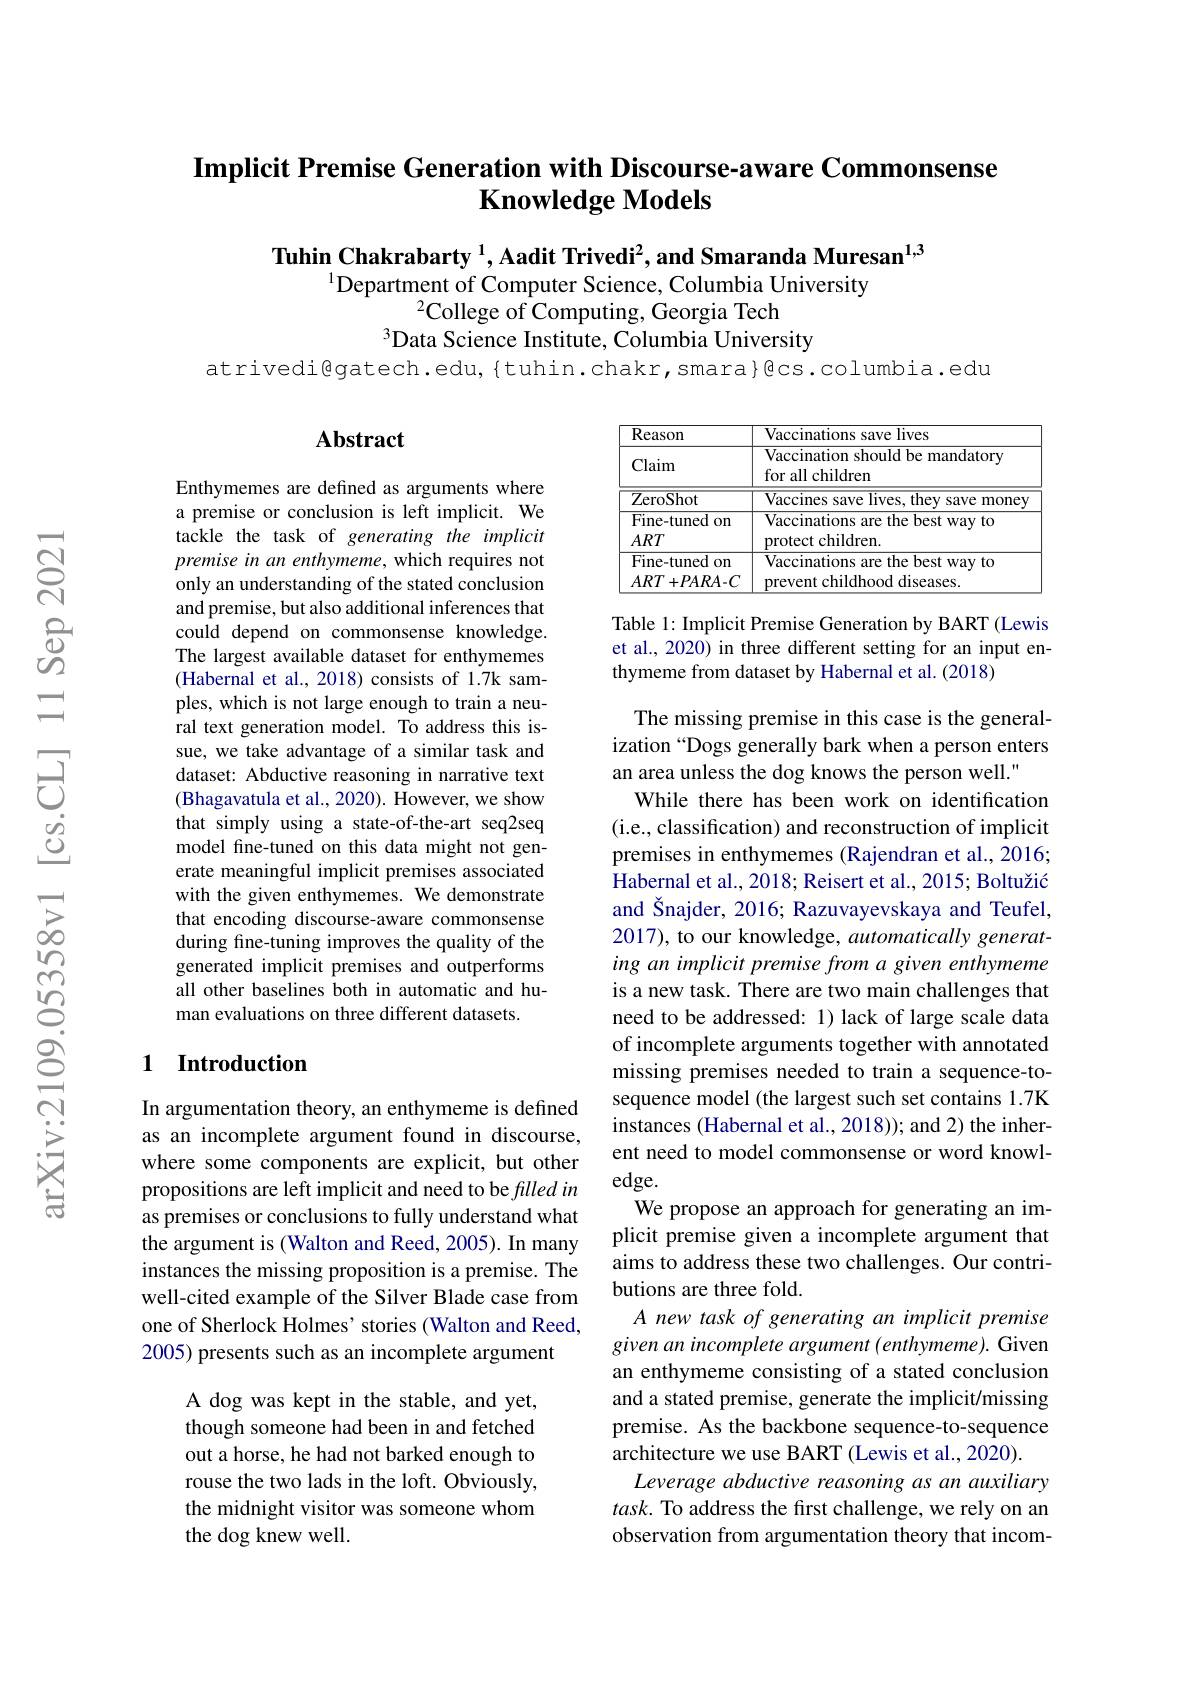
# Implicit Premise Generation with Discourse-aware Commonsense $\mathbf{Knowledge~Models}$

Tuhin Chakrabarty $^{1}$, Aadit Trivedi$^2$, and Smaranda Muresan$^{1,3}$
$^{1}$Department of Computer Science, Columbia University
$^2$College of Computing, Georgia Tech
$^{3}$Data Science Institute, Columbia University

atrivedi@gatech.edu,{tuhin.chakr,smara}@cs.columbia.edu

### $\mathbf{Abstract}$

<table>
	<tbody>
		<tr>
			<th>Reason</th>
			<th>Vaccinations save lives</th>
		</tr>
		<tr>
			<td>Claim</td>
			<td>$\overline{\text{Vaccination should be mandatory}}$ for all children</td>
		</tr>
		<tr>
			<td>ZeroShot</td>
			<td>Vaccines save lives, they save money</td>
		</tr>
		<tr>
			<td>$\textbf{T H W}$ Fine-tuned on $ART$</td>
			<td>Vaccinations are the best way to protect children.</td>
		</tr>
		<tr>
			<td>Fine-tuned $10n$ T</td>
			<td>Vaccinations are the best way to</td>
		</tr>
		<tr>
			<td>$ART$ $+PARA-C$</td>
			<td>prevent childhood diseases.</td>
		</tr>
	</tbody>
</table>

Table 1: Implicit Premise Generation by BART (Lewis et al., 2020) in three different setting for an input enthymeme from dataset by Habernal et al. (2018)

Enthymemes are defined as arguments where a premise or conclusion is left implicit. We tackle the task of generating the implicit premise in an enthymeme, which requires not only an understanding of the stated conclusion and premise, but also additional inferences that could depend on commonsense knowledge. The largest available dataset for enthymemes (Habernal et al., 2018) consists of 1.7k samples, which is not large enough to train a neural text generation model. To address this issue, we take advantage of a similar task and dataset: Abductive reasoning in narrative text (Bhagavatula et al., 2020). However, we show that simply using a state-of-the-art seq2seq model fine-tuned on this data might not generate meaningful implicit premises associated with the given enthymemes. We demonstrate that encoding discourse-aware commonsense during fine-tuning improves the quality of the generated implicit premises and outperforms all other baselines both in automatic and human evaluations on three different datasets.

### 1 $\textbf{Introduction}$

The missing premise in this case is the generalization “Dogs generally bark when a person enters an area unless the dog knows the person well."
While there has been work on identification (i.e., classification) and reconstruction of implicit premises in enthymemes (Rajendran et al., 2016; Habernal et al., 2018; Reisert et al., 2015; Boltužić and Šnajder, 2016; Razuvayevskaya and Teufel, 2017), to our knowledge, automatically generating an implicit premise from a given enthymeme is a new task. There are two main challenges that need to be addressed: 1) lack of large scale data of incomplete arguments together with annotated missing premises needed to train a sequence-tosequence model (the largest such set contains 1.7K instances (Habernal et al., 2018)); and 2) the inherent need to model commonsense or word knowledge.
We propose an approach for generating an implicit premise given a incomplete argument that aims to address these two challenges. Our contributions are three fold.
A new task of generating an implicit premise given an incomplete argument (enthymeme). Given an enthymeme consisting of a stated conclusion and a stated premise, generate the implicit/missing premise. As the backbone sequence-to-sequence architecture we use BART (Lewis et al., 2020).
Leverage abductive reasoning as an auxiliary task. To address the first challenge, we rely on an observation from argumentation theory that incom-

In argumentation theory, an enthymeme is defined as an incomplete argument found in discourse, where some components are explicit, but other propositions are left implicit and need to be filled in as premises or conclusions to fully understand what the argument is (Walton and Reed, 2005). In many instances the missing proposition is a premise. The well-cited example of the Silver Blade case from one of Sherlock Holmes' stories (Walton and Reed, 2005) presents such as an incomplete argument

A dog was kept in the stable, and yet, though someone had been in and fetched out a horse, he had not barked enough to rouse the two lads in the loft. Obviously, the midnight visitor was someone whom the dog knew well.